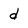
Character: d